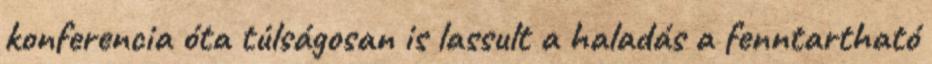
konferencia óta túlságosan is lassult a haladás a fenntartható